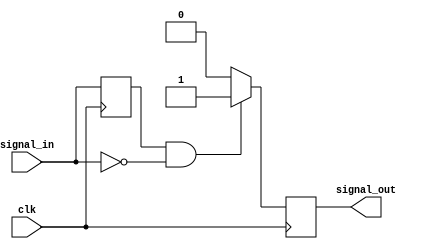
module negative_edge_detector (
    input wire clk,            // Clock signal
    input wire signal_in,      // Input signal
    output reg signal_out      // Output signal
);

    reg previous_state;        // Register to hold the previous state of signal_in

    // Asynchronous reset can be added if needed
    // input wire reset; // Uncomment if reset functionality is required

    always @(posedge clk) begin
        // Sample the current state of signal_in
        previous_state <= signal_in;

        // Edge detection logic
        if (previous_state == 1'b1 && signal_in == 1'b0) begin
            signal_out <= 1'b1; // Set output high for one clock cycle
        end else begin
            signal_out <= 1'b0; // Reset output to low
        end
    end

endmodule